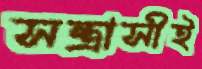
সন্ত্রাসীই